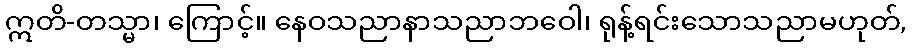
ဣတိ-တသ္မာ၊ ကြောင့်။ နေဝသညာနာသညာဘဝေါ၊ ရုန့်ရင်းသောသညာမဟုတ်,